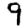
Digit: 9